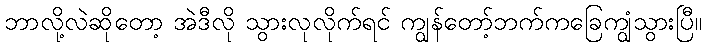
ဘာလို့လဲဆိုတော့ အဲဒီလို သွားလုလိုက်ရင် ကျွန်တော့်ဘက်ကခြေကျွံသွားပြီ။